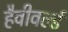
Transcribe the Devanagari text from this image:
हैवीवर्ल्ड